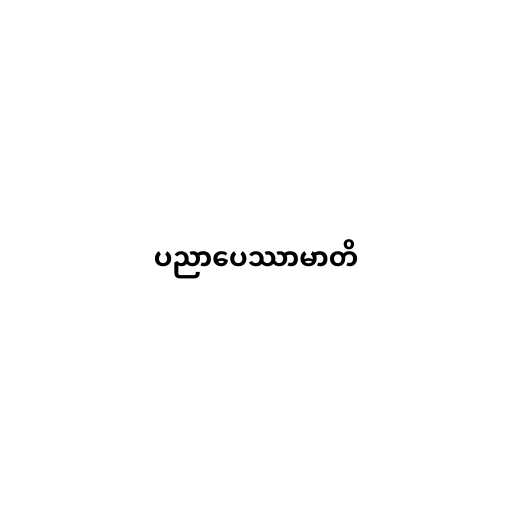
ပညာပေဿာမာတိ